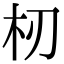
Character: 杒